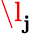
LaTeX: \l_{\mathbf{j}}